Vaccination in the Punjab 1883-1896 - 1883-1896
Year: 1883
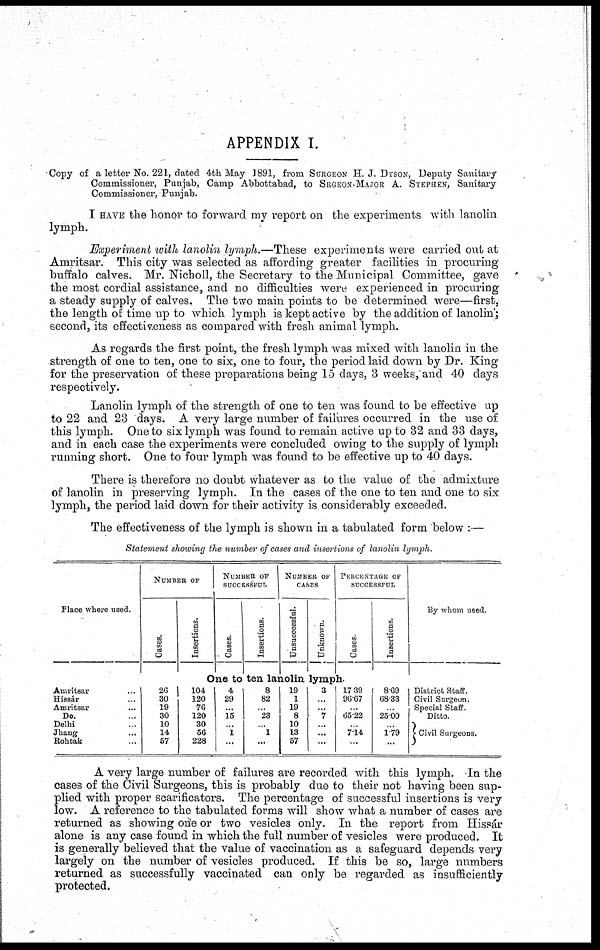
APPENDIX I.
Copy of a letter No. 221, dated 4th May 1891, from SURGEON H. J. DYSON, Deputy Sanitary
Commissioner, Punjab, Camp Abbottabad, to SRGEON-MAJOR A. STEPHEN, Sanitary
Commissioner, Punjab.
I HAVE the honor to forward my report on the experiments with lanolin
lymph.
Experiment with lanolin lymph.—These experiments were carried out at
Amritsar. This city was selected as affording greater facilities in procuring
buffalo calves. Mr. Nicholl, the Secretary to the Municipal Committee, gave
the most cordial assistance, and no difficulties were experienced in procuring
a steady supply of calves. The two main points to be determined were—first,
the length of time up to which lymph is kept active by the addition of lanolin';
second, its effectiveness as compared with fresh animal lymph.
As regards the first point, the fresh lymph was mixed with lanolin in the
strength of one to ten, one to six, one to four, the period laid down by Dr. King
for the preservation of these preparations being 15 days, 3 weeks,and 40 days
respectively.
Lanolin lymph of the strength of one to ten was found to be effective up
to 22 and 23 days. A very large number of failures occurred in the use of
this lymph. One to six lymph was found to remain active up to 32 and 33 days,
and in each case the experiments were concluded owing to the supply of lymph
running short. One to four lymph was found to be effective up to 40 days.
There is therefore no doubt whatever as to the value of the admixture
of lanolin in preserving lymph. In the cases of the one to ten and one to six
lymph, the period laid down for their activity is considerably exceeded.
The effectiveness of the lymph is shown in a tabulated form below : —
Statement showing the number of cases and insertions of lanolin lymph.
Place where used.
Amritsar ...
Hissár ...
Amritsar ...
Do. ...
Delhi ...
Jhang ...
Rohtak ...
NUMBER OF
Cases,
Insertions.
NUMBER OF
SUCCESSFUL
Cases.
Insertions.
NUMBER OF
CASES
Unsuccessful.
Unknown.
PERCENTAGE OF
SUCCESSFUL
Cases.
Insertions.
One to ten lanolin, lymph.
26
30
19
30
10
14
57
104
120
76
120
30
56
228
4
29
...
15
...
1
...
8
82
...
23
...
1
...
19
1
19
8
10
13
57
3
...
...
7
...
...
...
17.39
96.67
...
65.22
...
7.14
...
8.69
68.33
...
25.00
...
1.79
...
By whom used.
District Staff.
Civil Surgeon.
Special Staff.
Ditto.
Civil Surgeons.
A very large number of failures are recorded with this lymph. In the
cases of the Civil Surgeons, this is probably due to their not having been sup-
plied with proper scarificators. The percentage of successful insertions is very
low. A reference to the tabulated forms will show what a number of cases are
returned as showing one or two vesicles only. In the report from Hissár
alone is any case found in which the full number of vesicles were produced. It
is generally believed that the value of vaccination as a safeguard depends very
largely on the number of vesicles produced. If this be so, large numbers
returned as successfully vaccinated can only be regarded as insufficiently
protected.